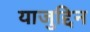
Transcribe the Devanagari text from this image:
याजुद्दिन